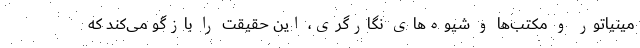
مینیاتور و مکتب‌ها و شیوه‌های نگارگری، این حقیقت را بازگو می‌کند که